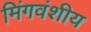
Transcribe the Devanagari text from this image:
मिंगवंशीय